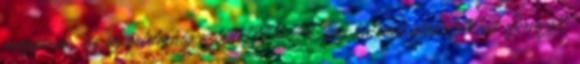
magyarok. Ez az értelmiség aztán 1848-49-ben katonai alakulatokat szervezett,